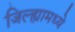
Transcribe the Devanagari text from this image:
जिल्‍ह्यामध्‍ये